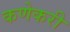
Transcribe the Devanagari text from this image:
कणेकरी